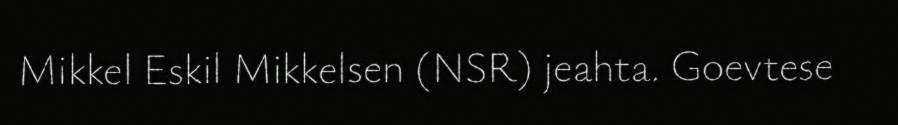
Mikkel Eskil Mikkelsen (NSR) jeahta. Goevtese